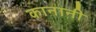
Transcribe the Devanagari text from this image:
कानानी